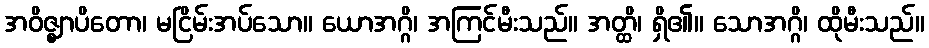
အဝိဇ္ဈာပိတော၊ မငြိမ်းအပ်သော။ ယောအဂ္ဂိ၊ အကြင်မီးသည်။ အတ္ထိ၊ ရှိ၏။ သောအဂ္ဂိ၊ ထိုမီးသည်။